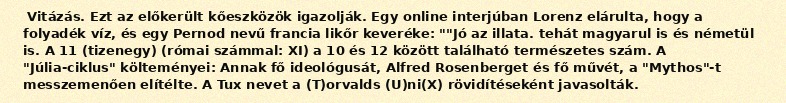
Vitázás. Ezt az előkerült kőeszközök igazolják. Egy online interjúban Lorenz elárulta, hogy a folyadék víz, és egy Pernod nevű francia likőr keveréke: ""Jó az illata. tehát magyarul is és németül is. A 11 (tizenegy) (római számmal: XI) a 10 és 12 között található természetes szám. A "Júlia-ciklus" költeményei: Annak fő ideológusát, Alfred Rosenberget és fő művét, a "Mythos"-t messzemenően elítélte. A Tux nevet a (T)orvalds (U)ni(X) rövidítéseként javasolták.